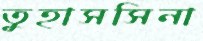
তুহাসসিনা